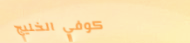
كوفي الخليج